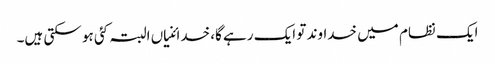
ایک نظام میں خداوند تو ایک رہے گا، خدائنیاں البتہ کئی ہو سکتی ہیں۔